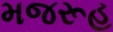
મજરૂહ